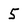
Character: 5